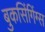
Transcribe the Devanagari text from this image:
बुकसिंगिंग्स